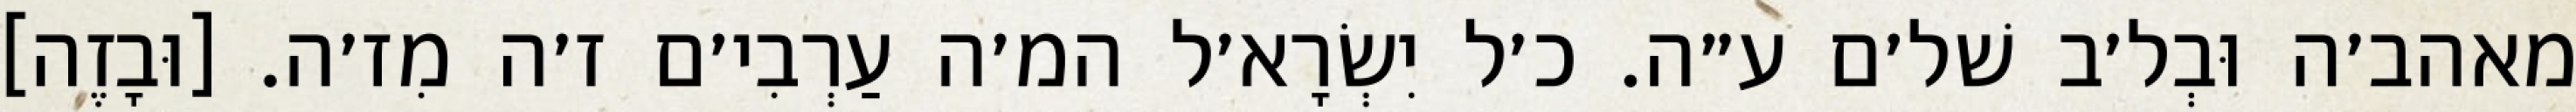
מאהב׳ה וּבְל׳ב שׁל׳ם ע״ה. כ׳ל יִשְׂרָא׳ל המ׳ה עַרְבִי׳ם ז׳ה מִז׳ה. [וּבָזֶה]